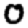
Digit: 0